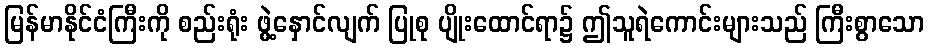
မြန်မာနိုင်ငံကြီးကို စည်းရုံး ဖွဲ့နှောင်လျက် ပြုစု ပျိုးထောင်ရာ၌ ဤသူရဲကောင်းများသည် ကြီးစွာသော